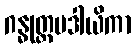
ဂန္ဓုတ္တမဒါယိကာ